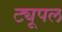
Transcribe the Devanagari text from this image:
ट्यूपल